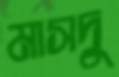
মাসদু